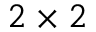
2 \times 2